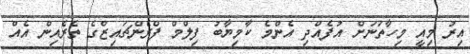
އިރު މިއީ މިހާތަނަށް އުފެއްދި އެންމެ ކާމިޔާބު ފިލްމް ފްރެންޗައިޒްގެ ތެރެއިން އެއް